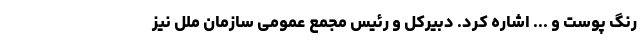
رنگ پوست و ... اشاره کرد. دبیرکل و رئیس مجمع عمومی سازمان ملل نیز